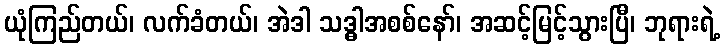
ယုံကြည်တယ်၊ လက်ခံတယ်၊ အဲဒါ သဒ္ဓါအစစ်နော်၊ အဆင့်မြင့်သွားပြီ၊ ဘုရားရဲ့